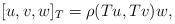
LaTeX: \begin{align*}&[u,v,w]_T=\rho(Tu,Tv)w, \end{align*}